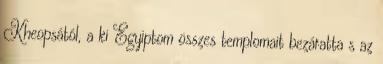
Kheopsától, a ki Egyiptom összes templomait bezáratta s az